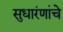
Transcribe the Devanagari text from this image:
सुधारंणांचे